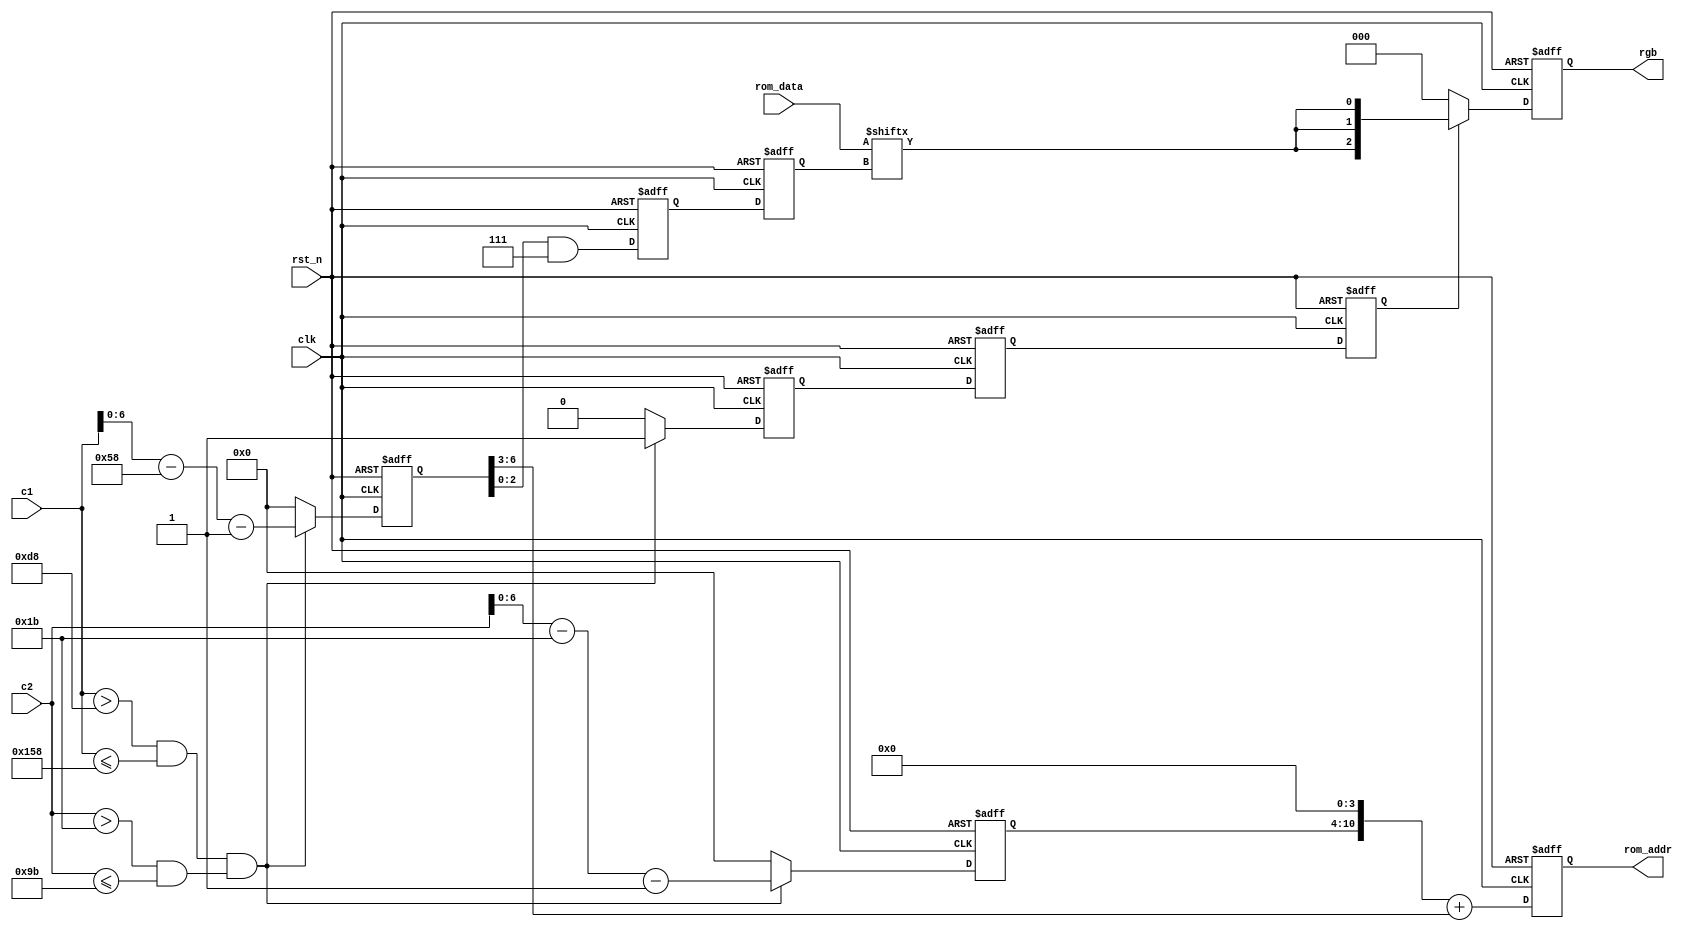
module vga_control_3
(
    input clk,
    input rst_n,
    input [10:0] c1,
    input [10:0] c2,
    output reg [2:0]rgb,
    output reg [10:0] rom_addr,
    input [7:0] rom_data
);

    /**************************/
    
    //
    parameter _X = 8'd128;
    parameter _Y = 8'd128;
    parameter _XOFF = 10'd0;
    parameter _YOFF = 10'd0;
    
    /**************************/
    
    reg [6:0] x;
    reg [6:0] y;
    reg [2:0] index;
    reg [2:0] index_del;
    reg data_valid;
    reg data_valid_del_1;
    reg data_valid_del_2;
    
    always @(posedge clk or negedge rst_n)
    begin
        if(~rst_n)
        begin
            x <= 7'd0;
            y <= 7'd0;
            index <= 3'd0;
            index_del <= 3'd0;
            data_valid <= 1'b0;
            data_valid_del_1 <= 1'b0;
            data_valid_del_2 <= 1'b0;
            rom_addr <= 11'd0;
            rgb <= 3'b000;
        end
        else
        begin
            
            /*
             * pipeline()
             */
            
            //step 0
            if((c1 > (128+88+_XOFF) && c1 <= (128+88+_XOFF+_X)) &&
                (c2 > (4+23+_YOFF) && c2 <= (4+23+_YOFF+_Y))) //
            begin
                x <= c1 - (128+88+_XOFF) - 1;    //0~127
                y <= c2 - (4+23+_YOFF) - 1;      //0~127
                data_valid <= 1'b1;
            end
            else
            begin //,""
                x <= 7'd0;
                y <= 7'd0;
                data_valid <= 1'b0;
            end
            
            //step 1
            rom_addr <= ((y << 4) + (x >> 3));
            index <= x & 3'b111;
            data_valid_del_1 <= data_valid;
            
            //step2 -- output rom_data need 1 clk
            index_del <= index;
            data_valid_del_2 <= data_valid_del_1;
            
            //step3
            rgb <= data_valid_del_2 ? {rom_data[index_del], rom_data[index_del], rom_data[index_del]} : 3'b000;
            
        end
    end

endmodule

/*

step0 -- c1,c2x,y
step1 -- rom_addrindex
step2 -- rom_data
step3 -- rbg

syncc1,c2control1clk
:rgbc1,c24clk

vga_control1.v,""""
rgbc1,c24clk
:4
:(""--)
*/